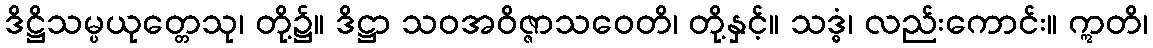
ဒိဋ္ဌိသမ္ပယုတ္တေသု၊ တို့၌။ ဒိဋ္ဌာ သဝအဝိဇ္ဇာသဝေတိ၊ တို့နှင့်။ သဒ္ဓံ၊ လည်းကောင်း။ ဣတိ၊